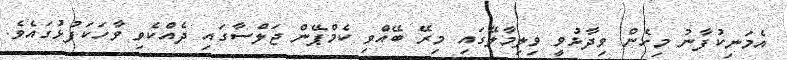
އެމަނިކުފާނު މިހެން ވިދާޅުވީ ވިލިމާލޭގައި މިރޭ ބޭއްވި ކެމްޕޭން ޖަލްސާގައި ދެއްކެވި ވާހަކަފުޅުގައެވެ.